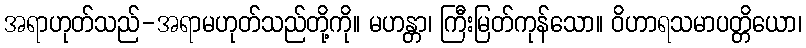
အရာဟုတ်သည်-အရာမဟုတ်သည်တို့ကို။ မဟန္တာ၊ ကြီးမြတ်ကုန်သော။ ဝိဟာရသမာပတ္တိယော၊